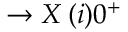
\to X \, ( i ) 0 ^ { + }